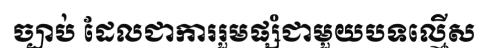
ច្បាប់ ដែលជាការរួមផ្សំជាមួយបទល្មើស